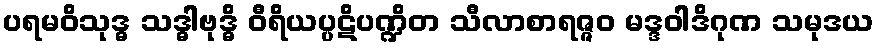
ပရမဝိသုဒ္ဓ သဒ္ဓါဗုဒ္ဓိ ဝီရိယပ္ပဋိပဏ္ဍိတ သီလာစာရဇ္ဇဝ မဒ္ဒဝါဒိဂုဏ သမုဒယ